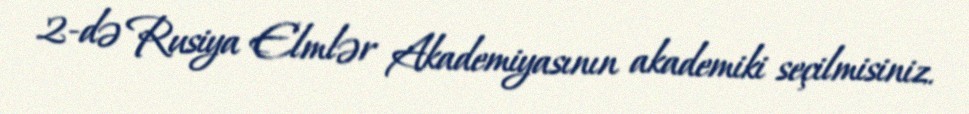
2-də Rusiya Elmlər Akademiyasının akademiki seçilmisiniz.